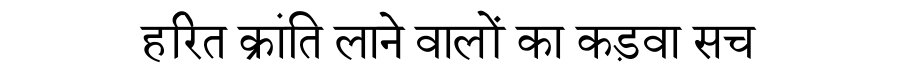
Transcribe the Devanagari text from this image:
हरित क्रांति लाने वालों का कड़वा सच